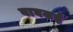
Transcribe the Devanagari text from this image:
वाघजई